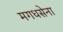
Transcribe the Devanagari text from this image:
मगधसेना